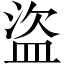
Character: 盜